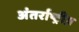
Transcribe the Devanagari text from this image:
अंतर्राष्ट्रीय़